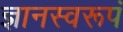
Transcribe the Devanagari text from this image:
ज्ञानस्वरूपं